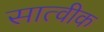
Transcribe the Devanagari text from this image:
सात्वीक